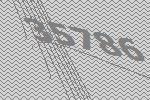
35786